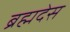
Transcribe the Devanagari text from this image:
ब्रह्मदेस